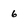
Character: 6